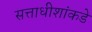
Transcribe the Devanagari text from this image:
सत्ताधीशांकडे